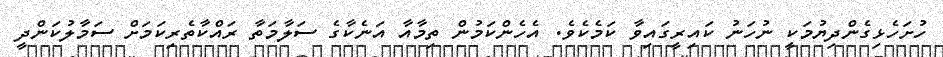
ހުށަހެޅިގެންދިޔުމަކީ ނުހަނު ކައިރީގައިވާ ކަމެކެވެ. އެހެންކަމުން ތިމާއާ އަނެކާގެ ސަލާމަތާ ރައްކާތެރިކަމަށް ސަމާލުކަންދީ